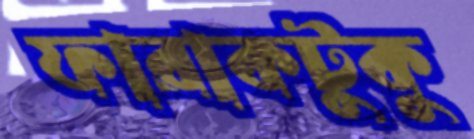
ফারাকটুকু